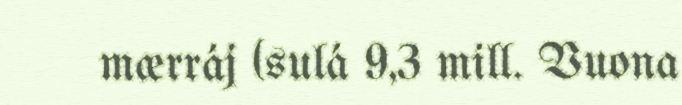
mærráj (sulá 9,3 mill. Vuona